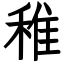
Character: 稚